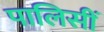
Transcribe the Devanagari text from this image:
पालिसीं